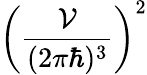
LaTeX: \left(\frac{{\cal{V}}}{(2\pi\hbar)^{3}}\right)^{2}